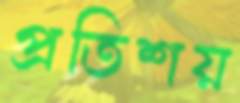
প্রতিশয়